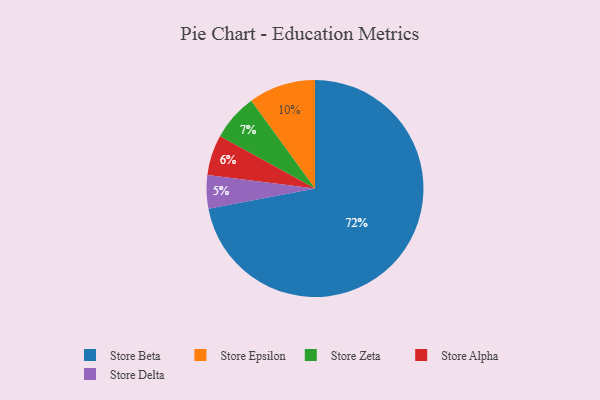
{"axis": {"x": "Category", "y": "Percentage"}, "legend": ["Store Alpha", "Store Beta", "Store Delta", "Store Epsilon", "Store Zeta"], "data": [{"x": "Store Zeta", "y": 7, "type": "Store Zeta"}, {"x": "Store Beta", "y": 72, "type": "Store Beta"}, {"x": "Store Delta", "y": 5, "type": "Store Delta"}, {"x": "Store Epsilon", "y": 10, "type": "Store Epsilon"}, {"x": "Store Alpha", "y": 6, "type": "Store Alpha"}]}